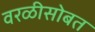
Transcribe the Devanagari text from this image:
वरळीसोबत